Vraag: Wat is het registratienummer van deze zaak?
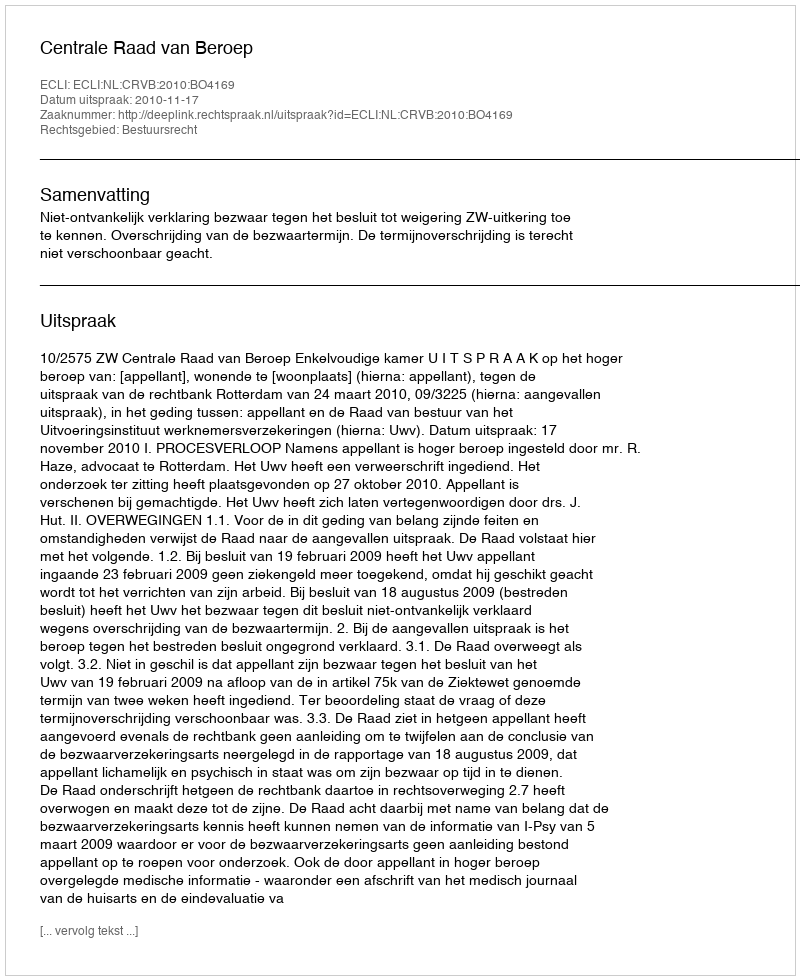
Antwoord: http://deeplink.rechtspraak.nl/uitspraak?id=ECLI:NL:CRVB:2010:BO4169